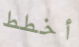
أخطط